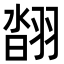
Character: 𦑇